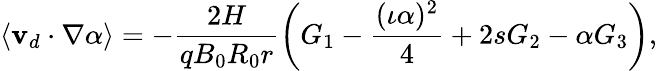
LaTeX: \langle\mathbf{v}_{d}\cdot\nabla\alpha\rangle=-\frac{2H}{qB_{0}R_{0}r}\left(G_{1}-\frac{(\iota\alpha)^{2}}{4}+2sG_{2}-\alpha G_{3}\right),